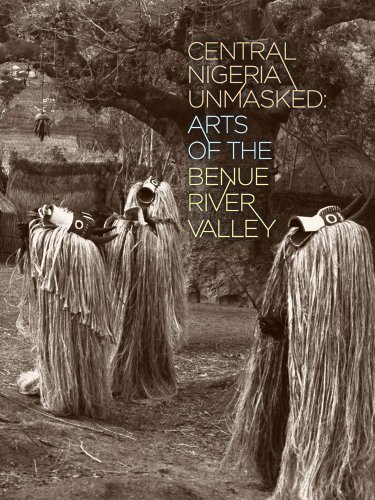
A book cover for Central Nigeria Unmasked: Arts of the Benue River Valley; History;